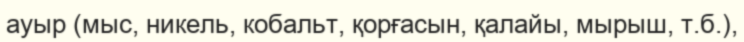
ауыр (мыс, никель, кобальт, қорғасын, қалайы, мырыш, т.б.),